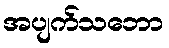
အပျက်သဘော